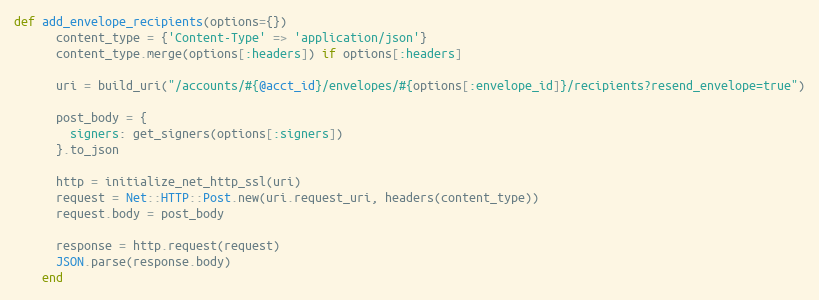
Language: Ruby
def add_envelope_recipients(options={})
      content_type = {'Content-Type' => 'application/json'}
      content_type.merge(options[:headers]) if options[:headers]

      uri = build_uri("/accounts/#{@acct_id}/envelopes/#{options[:envelope_id]}/recipients?resend_envelope=true")

      post_body = {
        signers: get_signers(options[:signers])
      }.to_json

      http = initialize_net_http_ssl(uri)
      request = Net::HTTP::Post.new(uri.request_uri, headers(content_type))
      request.body = post_body

      response = http.request(request)
      JSON.parse(response.body)
    end